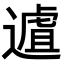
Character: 𨖆